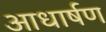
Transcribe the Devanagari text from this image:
आधार्षण